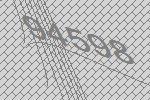
94598